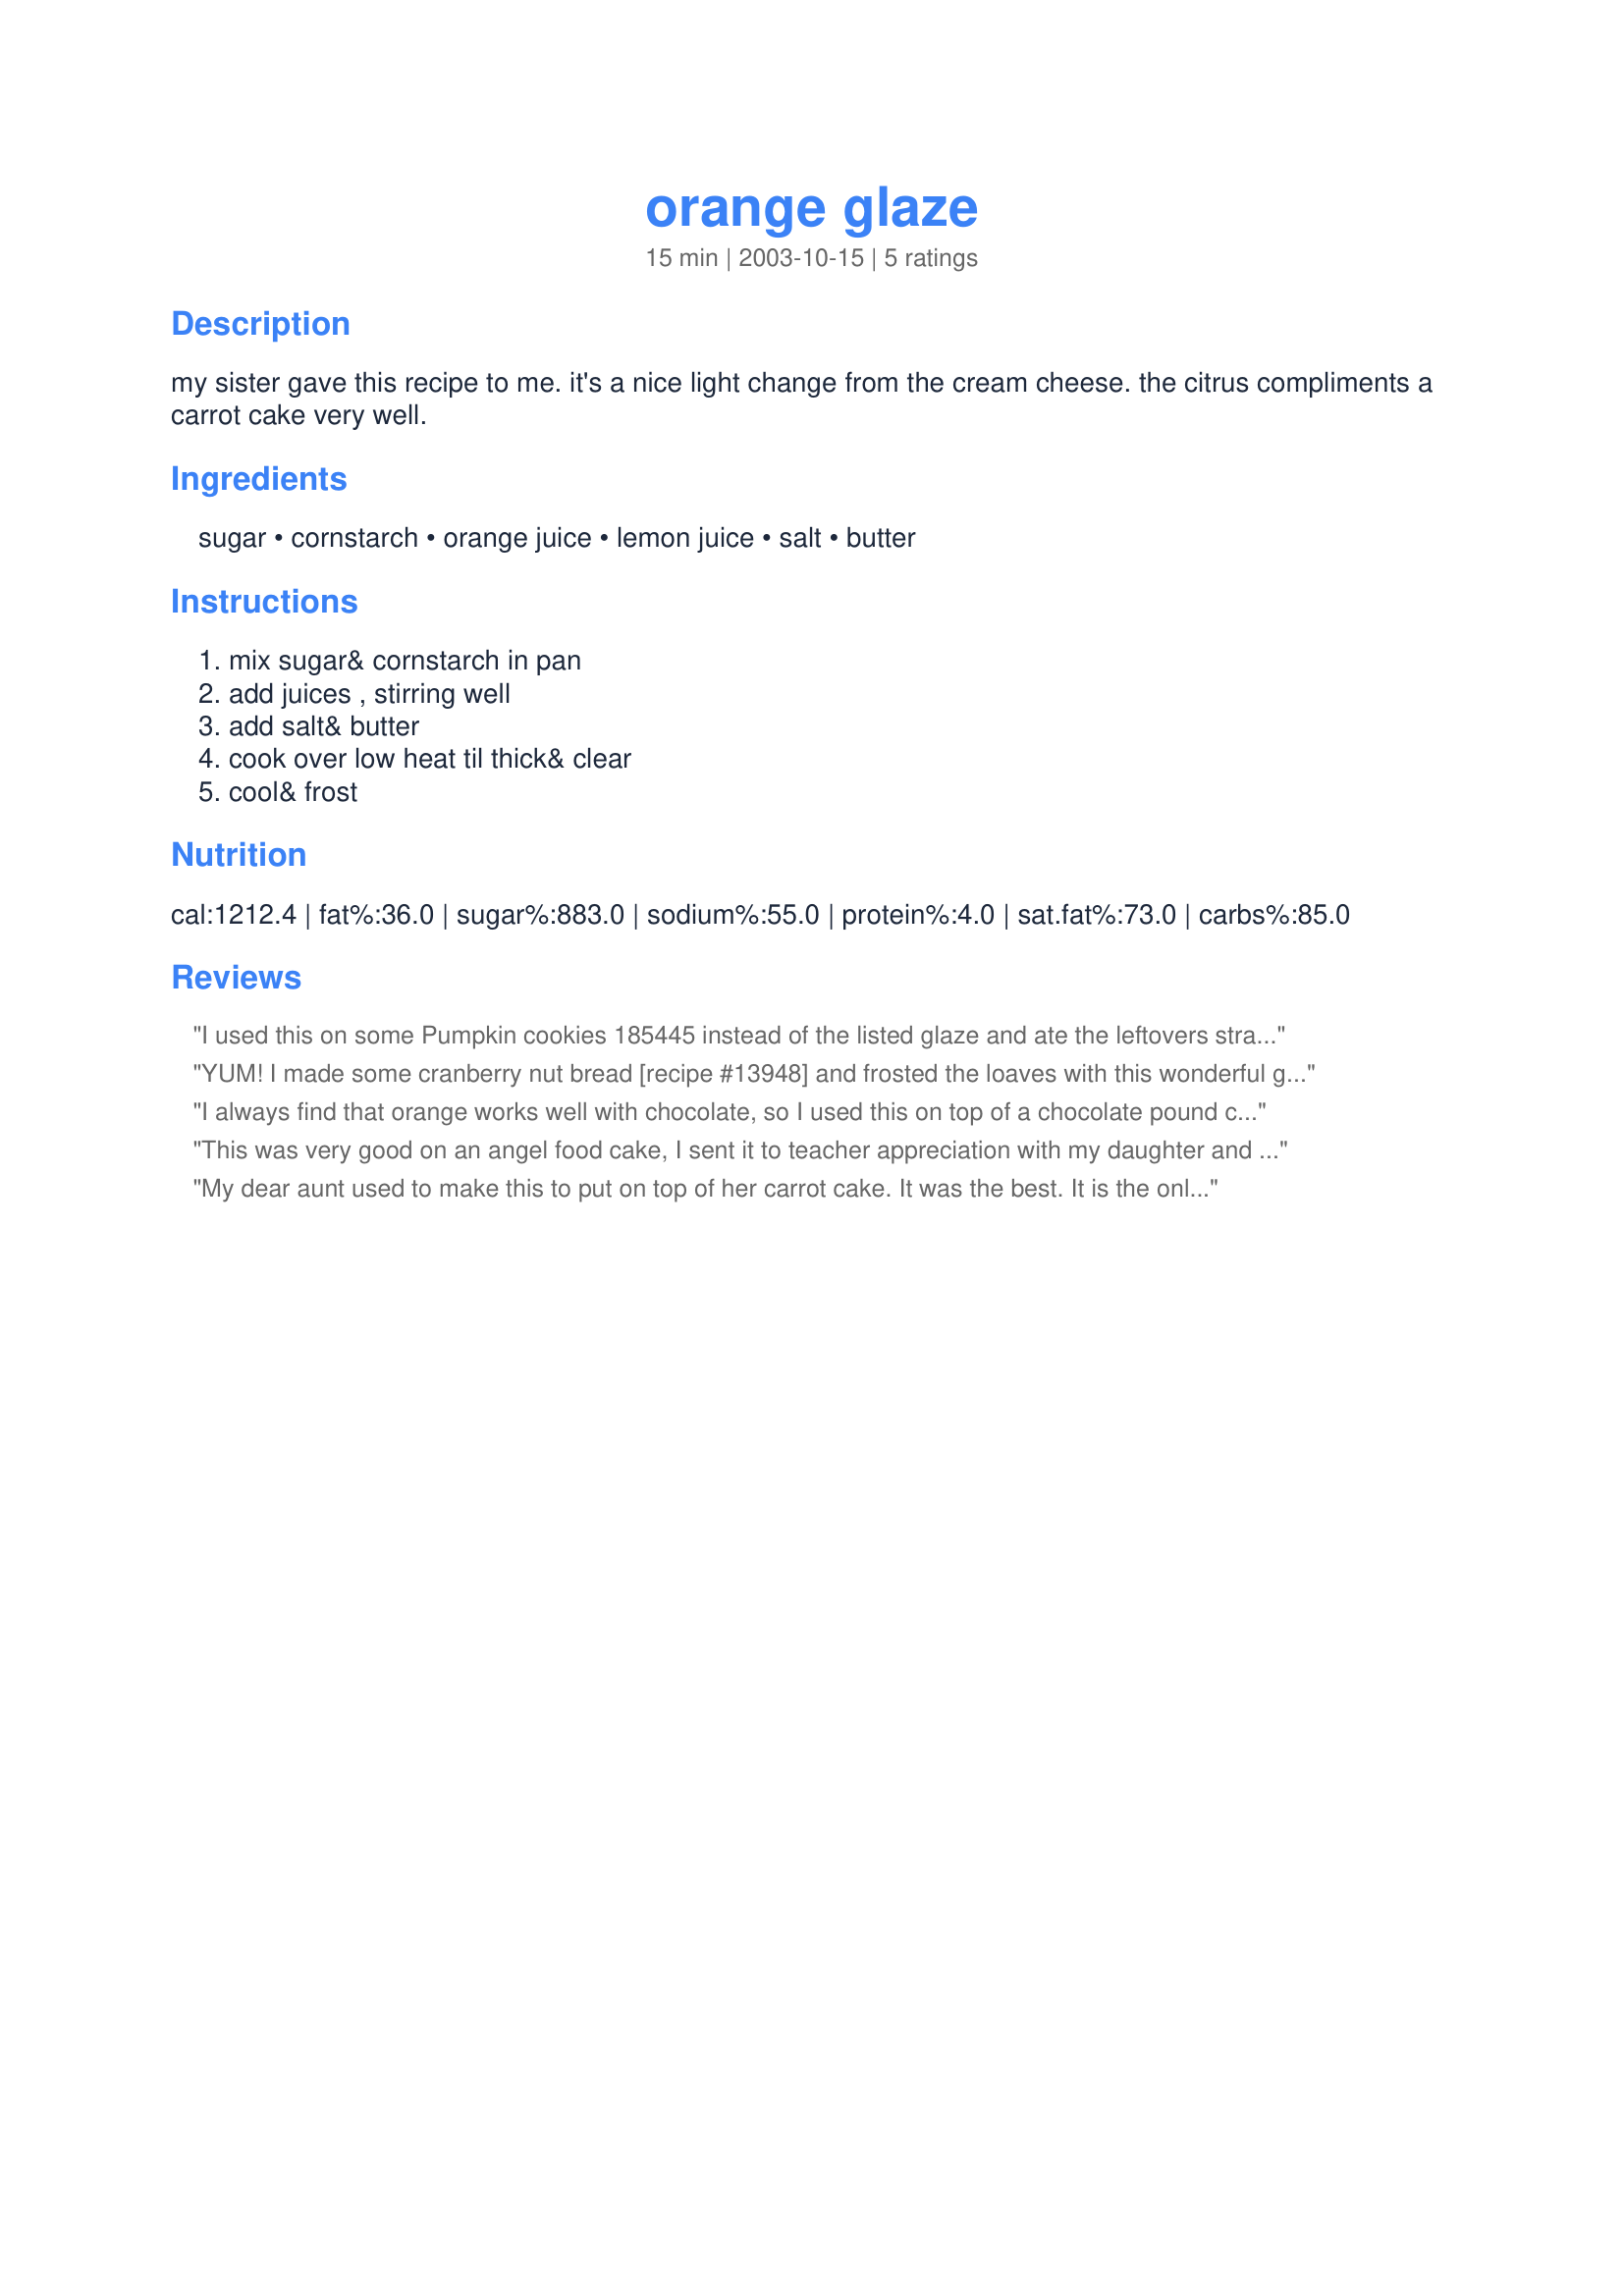
orange glaze
Preparation time: 15 minutes

my sister gave this recipe to me. it's a nice light change from the cream cheese. the citrus compliments a carrot cake very well.

Ingredients:
sugar, cornstarch, orange juice, lemon juice, salt, butter

Steps:
mix sugar& cornstarch in pan, add juices , stirring well, add salt& butter, cook over low heat til thick& clear, cool& frost

Reviews:
I used this on some Pumpkin cookies 185445 instead of the listed glaze and ate the leftovers straight from the pot. Positively YUMMY! and easy to make too. I used a not from concentrate oj as I think that tastes better.
YUM! I made some cranberry nut bread [recipe #13948] and frosted the loaves with this wonderful glaze! I 1 1/2 the recipe and it turned out wonderful!! My mom and grandma kept eating it and said it's so wonderful! I'm selling these at a bake sale for church this Sunday. Thanx so much for a great recipe!!
I always find that orange works well with chocolate, so I used this on top of a chocolate pound cake. Really nice.
This was very good on an angel food cake, I sent it to teacher appreciation with my daughter and they loved it. I was running low on time and poured it over the cake while it was hot and it turned out very yummy. Drizzled some sugar over top and it was very beautiful.
My dear aunt used to make this to put on top of her carrot cake. It was the best. It is the only way I can eat carrot cake now. The only difference is that she added some orange zest to it. She would make the cake in a bundt pan and when the glaze was poured over the cake, the extra would fll the middle. Thanks for sharing this.
